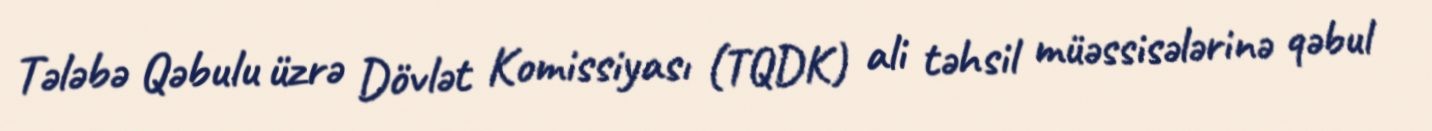
Tələbə Qəbulu üzrə Dövlət Komissiyası (TQDK) ali təhsil müəssisələrinə qəbul